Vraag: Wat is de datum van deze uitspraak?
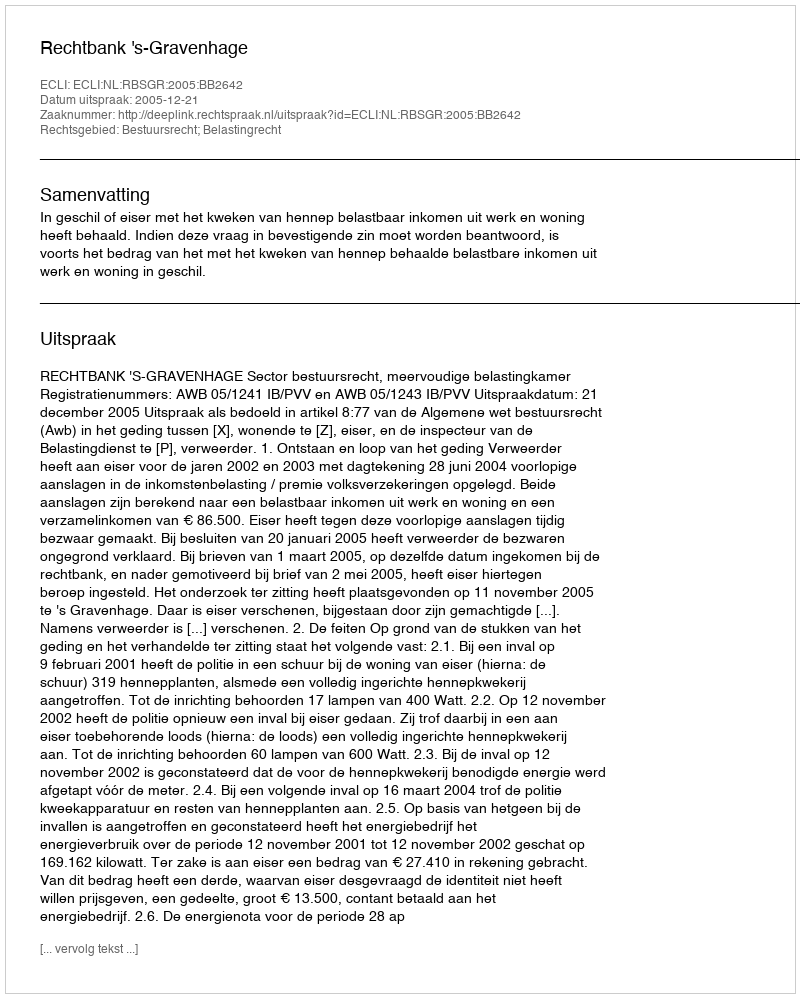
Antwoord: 2005-12-21